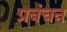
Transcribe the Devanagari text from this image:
प्रबंचन